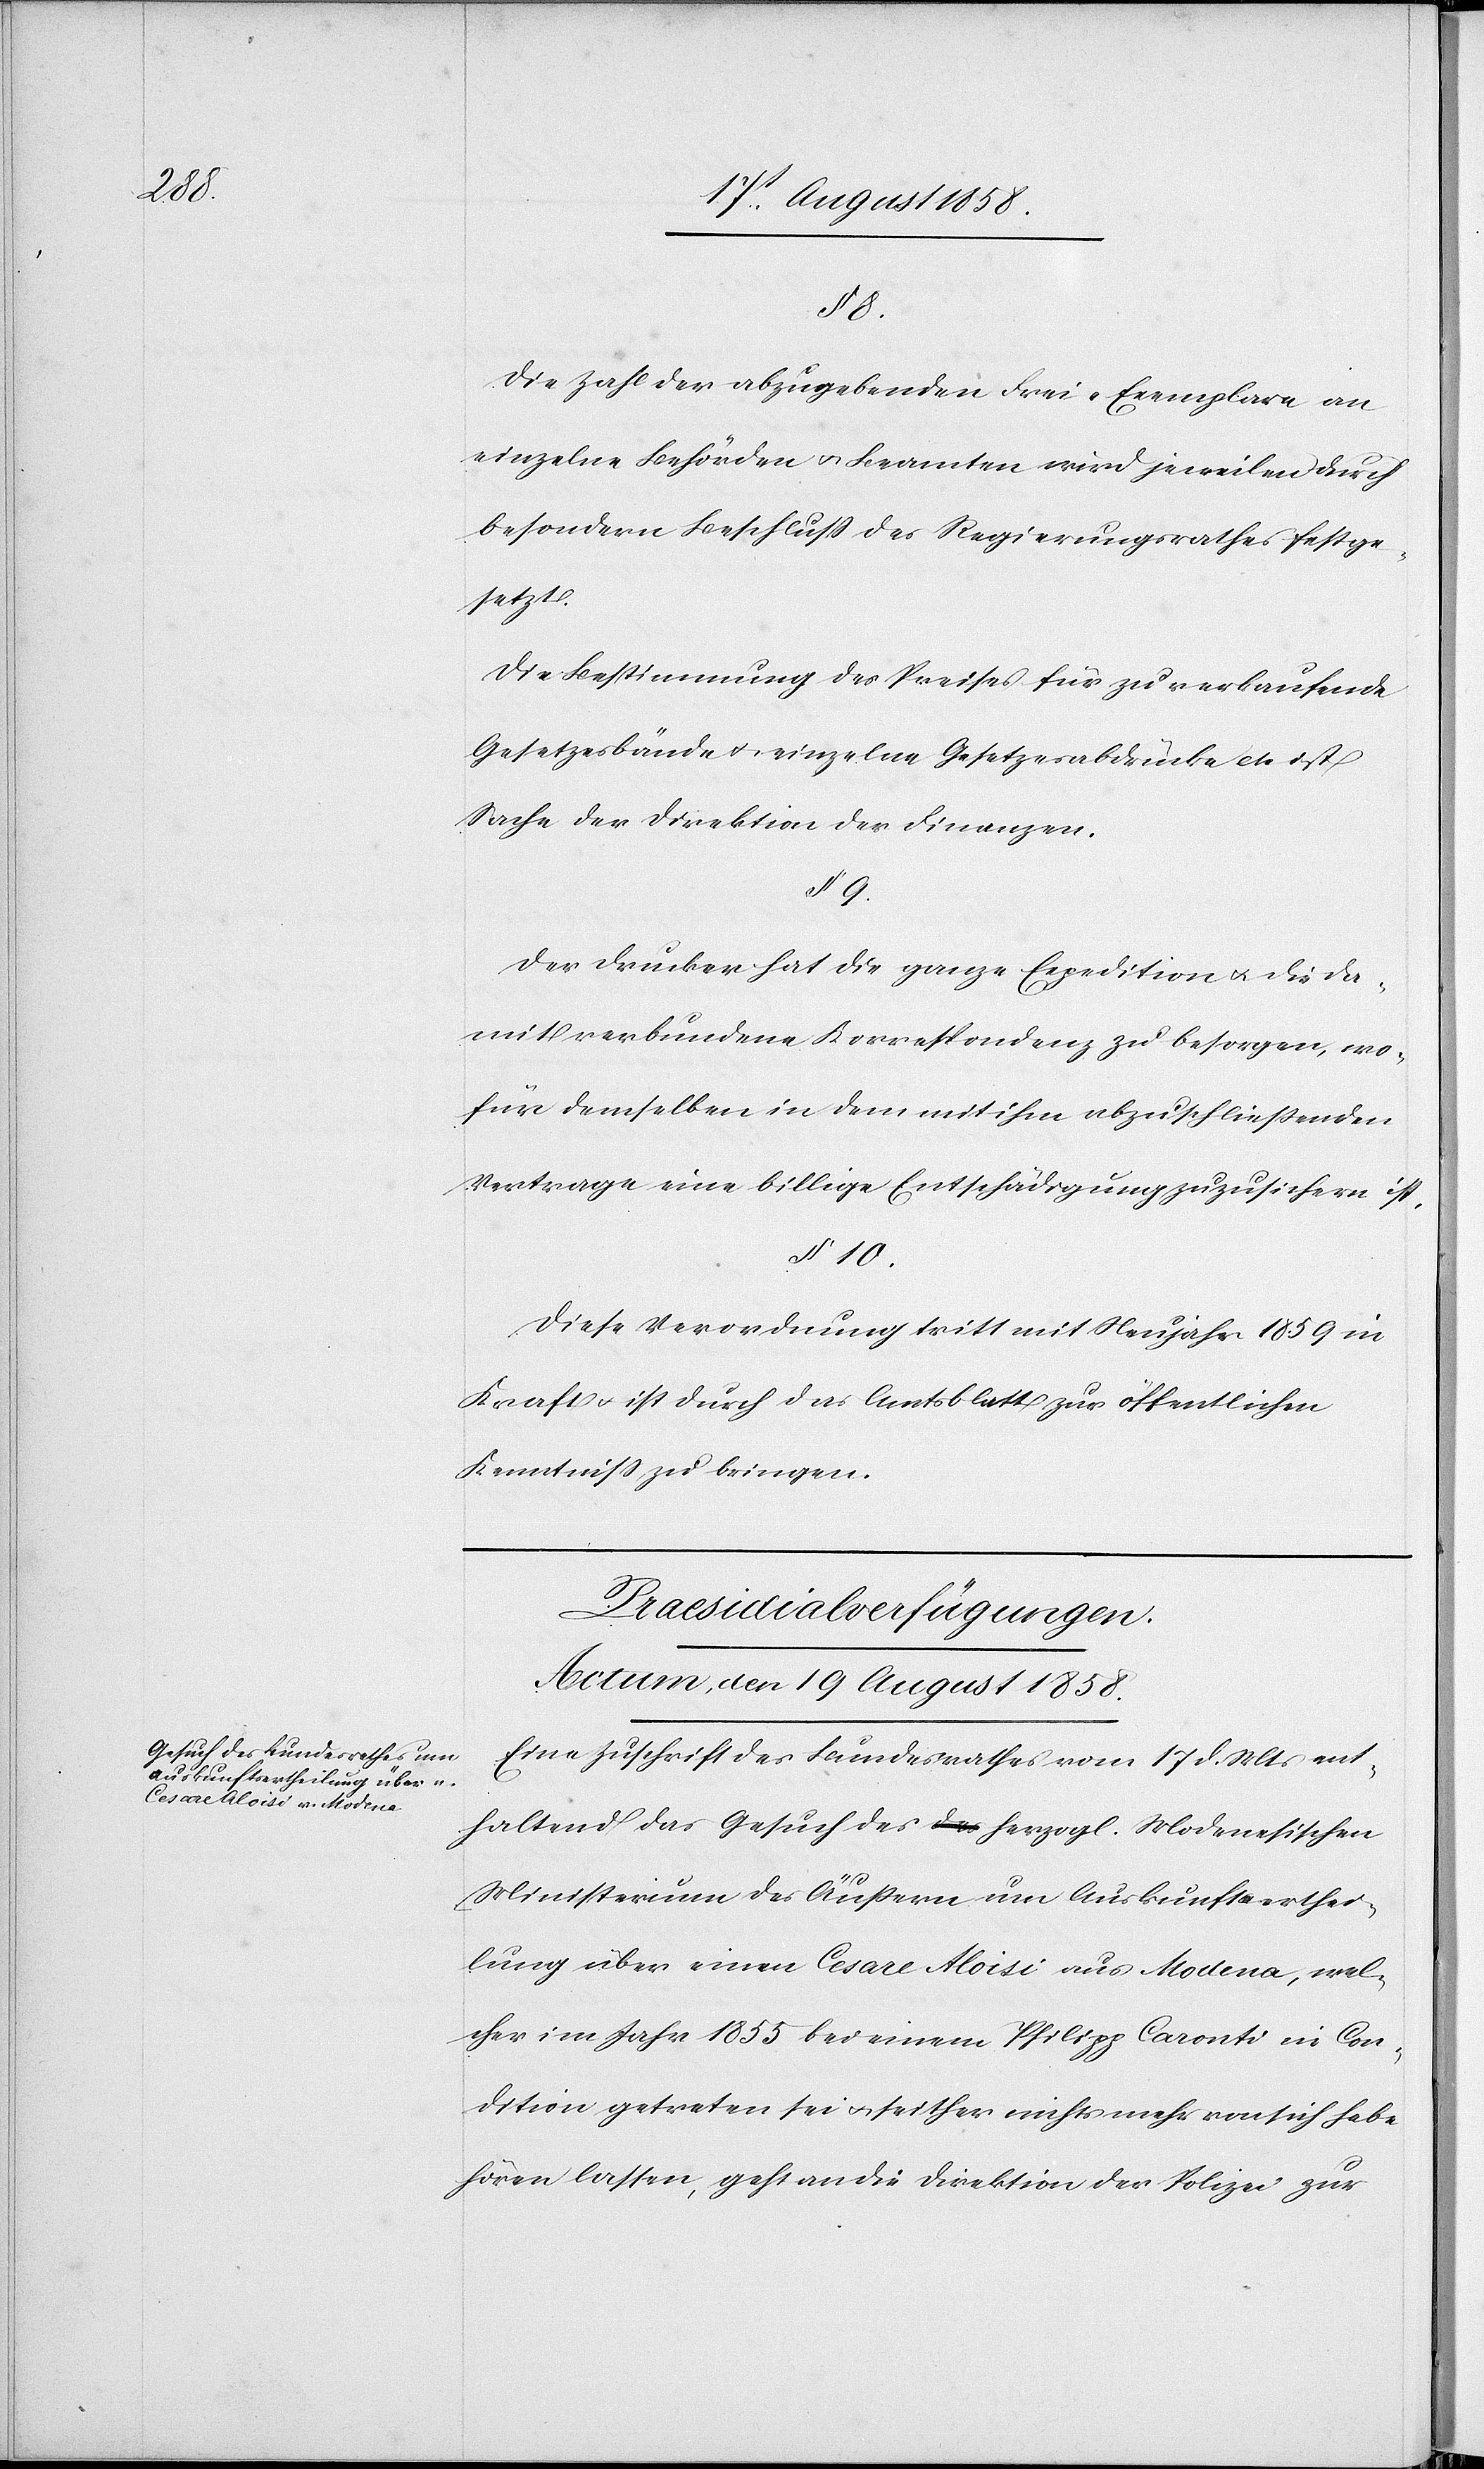
8.
Die Zahl der abzugebenden Frei-Exemplare an
einzelne Behörden & Beamten wird jeweilen durch
besondern Beschluss des Regierungsrathes festge¬
setzt.
Die Bestimmung des Preises für zu verkaufende
Gesetzesbände & einzelne Gesetzesabdrücke etc. ist
Sache der Direktion der Finanzen.
§ 9.
Der Drucker hat die ganze Expedition & die da¬
mit verbundene Korrespondenz zu besorgen, wo¬
für demselben in dem mit ihm abzuschliessenden
Vertrage eine billige Entschädigung zuzusichern ist.
§ 10.
Diese Verordnung tritt mit Neujahr 1859 in
Kraft & ist durch das Amtsblatt zur öffentlichen
Kenntniss zu bringen.
Praesidialverfügungen.
Actum, den 19 August 1858.
Eine Zuschrift des Bundesrathes vom 17 d. Mts ent¬
haltend das Gesuch des herzogl. Modenesischen
Ministerium des Äußern um Auskunftserthei¬
lung über einen Cesare Aloisi aus Modena, wel¬
cher im Jahr 1855 bei einem Philipp Caronti in Con¬
dition getreten sei & seither nichts mehr von sich habe
hören lassen, geht an die Direktion der Polizei zur